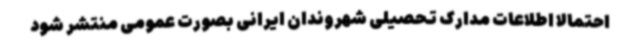
احتمالا اطلاعات مدارک تحصیلی شهروندان ایرانی بصورت عمومی منتشر شود